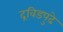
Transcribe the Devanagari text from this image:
द्रविडपुढे